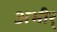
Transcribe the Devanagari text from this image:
अभीर्